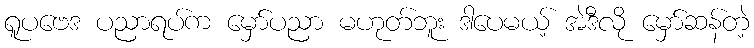
ရူပဗေဒ ပညာရပ်က မှော်ပညာ မဟုတ်ဘူး ဒါပေမယ့် အဲဒီလို မှော်ဆန်တဲ့